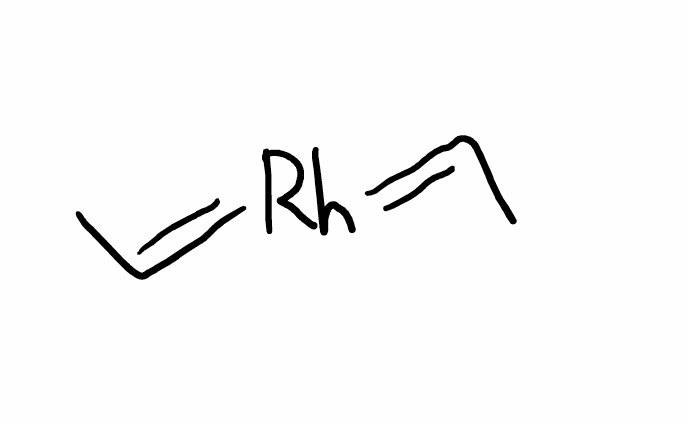
Simplified molecular-input line-entry system (SMILES) notation of the given molecule:
CC=[Rh]=CC